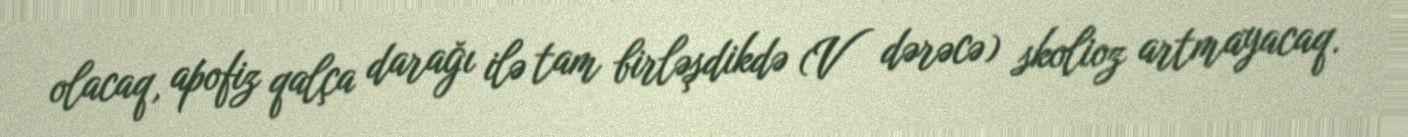
olacaq, apofiz qalça darağı ilə tam birləşdikdə (V dərəcə) skolioz artmayacaq.